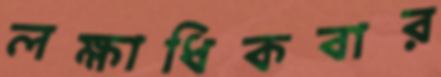
লক্ষাধিকবার